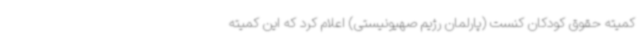
کمیته حقوق کودکان کنست (پارلمان رژیم صهیونیستی) اعلام کرد که این کمیته